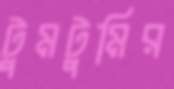
টুমটুমির